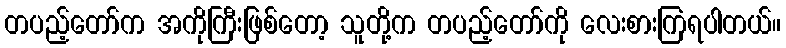
တပည့်တော်က အကိုကြီးဖြစ်တော့ သူတို့က တပည့်တော်ကို လေးစားကြရပါတယ်။